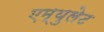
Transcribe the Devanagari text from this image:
एम्युलेट